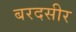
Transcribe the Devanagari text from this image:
बरदसीर